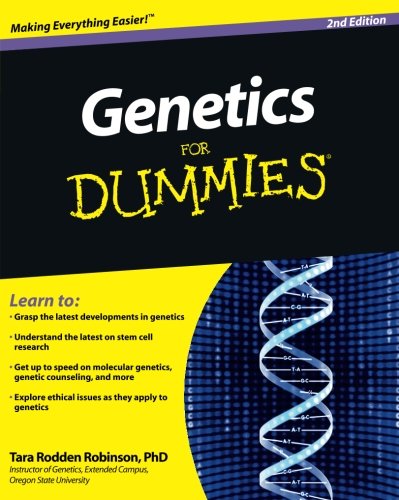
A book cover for Genetics For Dummies; Tara Rodden Robinson; Science & Math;